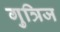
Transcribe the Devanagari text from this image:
गुत्रिज